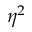
\eta ^ { 2 }